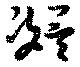
凝